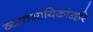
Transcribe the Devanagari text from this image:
व्यावसायिकांद्वारे